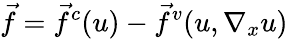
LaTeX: \vec{f}=\vec{f}^{c}(u)-\vec{f}^{v}(u,\nabla_{x}u)